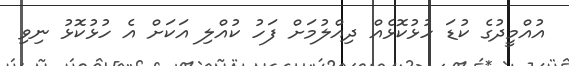
އުއްމީދުގެ ކުޑަ ހުޅުކޮޅެއް ދިއްލުމަށް ފަހު ކުއްލި އަކަށް އެ ހުޅުކޮޅު ނިވި